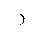
Letter: _ra